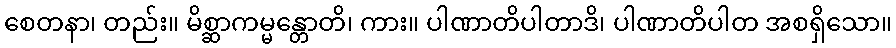
စေတနာ၊ တည်း။ မိစ္ဆာကမ္မန္တောတိ၊ ကား။ ပါဏာတိပါတာဒိ၊ ပါဏာတိပါတ အစရှိသော။